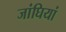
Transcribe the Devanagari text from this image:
जांघियां